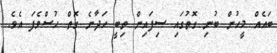
ބައެއް މީހުން ބުނި ގޮތުގައި ސިފައިން ތިބީ ހަދާނެ ގޮތް ހުސްވެފަ އެވެ.